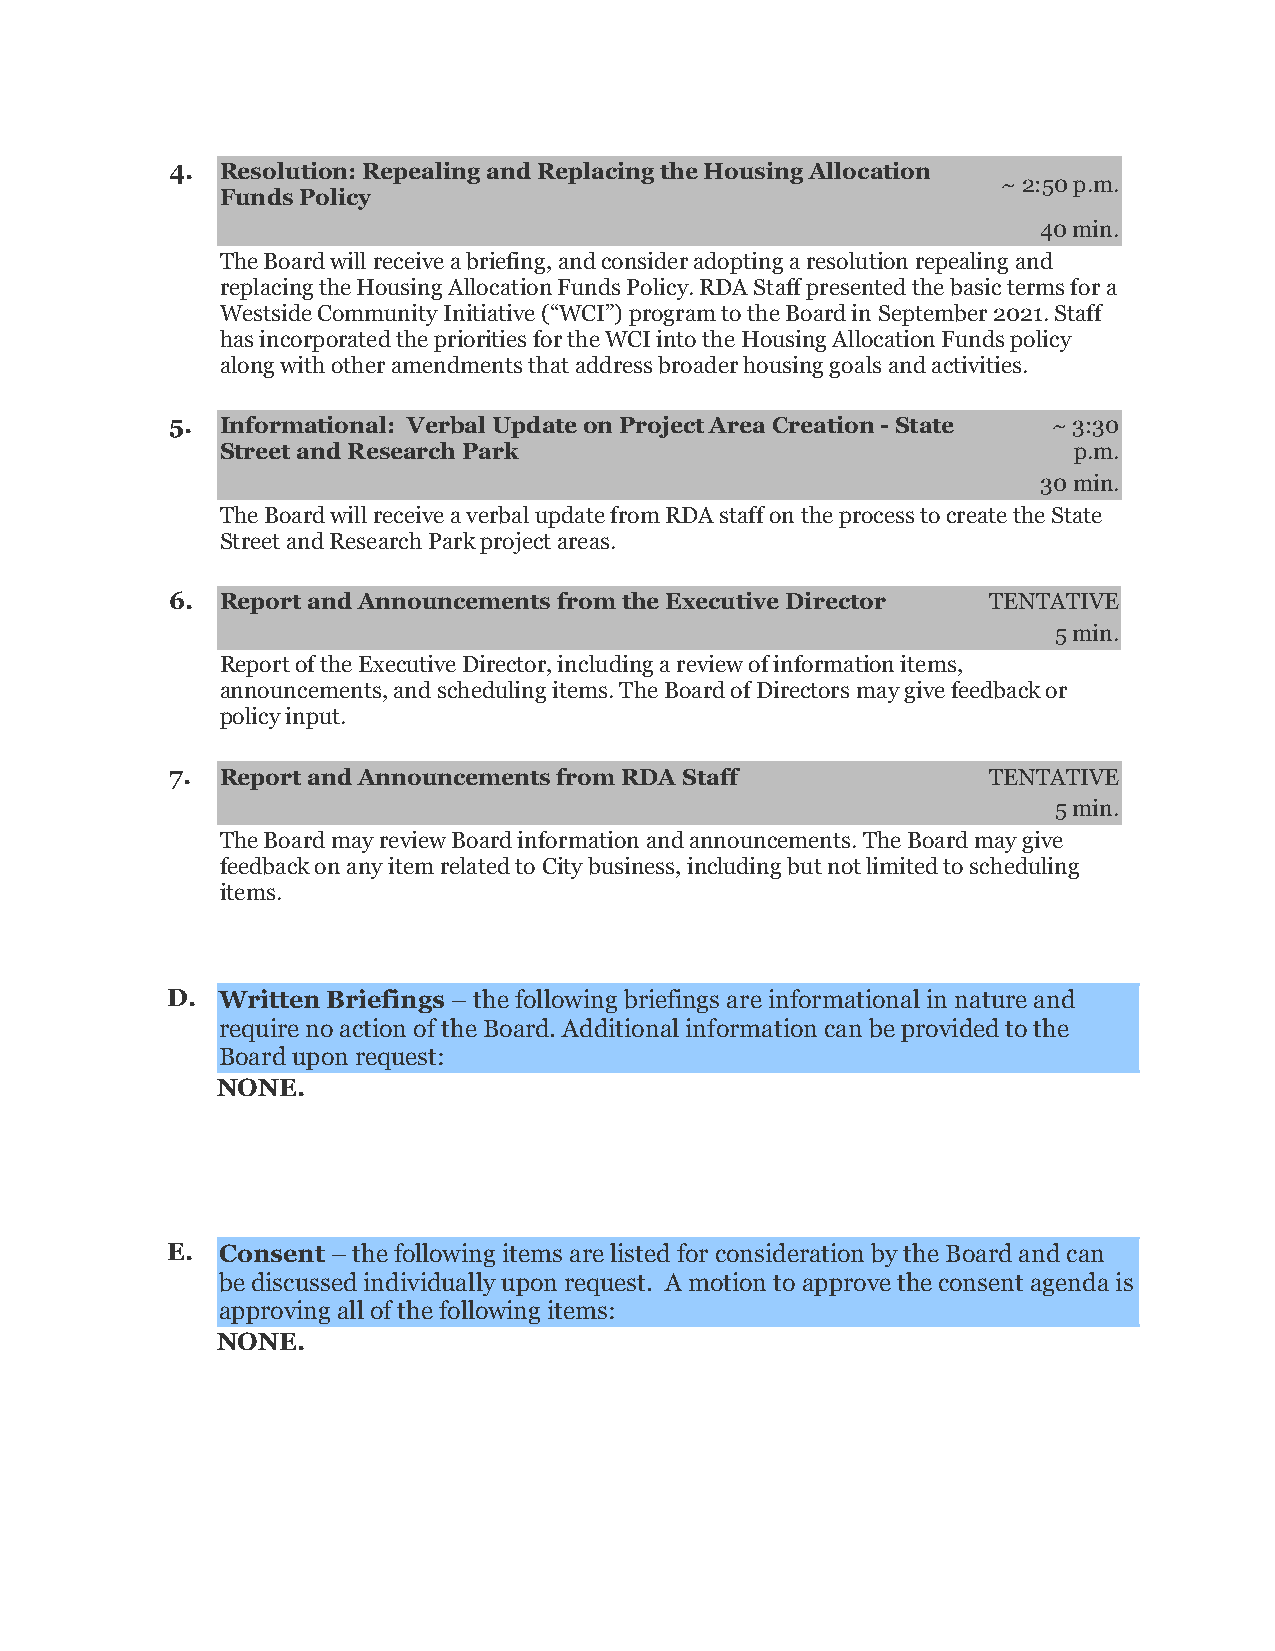
4.  Resolution: Repealing and Replacing the Housing Allocation
 ~ 2:50 p.m.
 Funds Policy
 40 min.
 The Board will receive a briefing, and consider adopting a resolution repealing and
 replacing the Housing Allocation Funds Policy. RDA Staff presented the basic terms for a
 Westside Community Initiative (“WCI”) program to the Board in September 2021. Staff
 has incorporated the priorities for the WCI into the Housing Allocation Funds policy
 along with other amendments that address broader housing goals and activities.
 5.  Informational: Verbal Update on Project Area Creation - State ~ 3:30
 Street and Research Park                                p.m.
 30 min.
 The Board will receive a verbal update from RDA staff on the process to create the State
 Street and Research Park project areas.
 6.  Report and Announcements from the Executive Director TENTATIVE
 5 min.
 Report of the Executive Director, including a review of information items,
 announcements, and scheduling items. The Board of Directors may give feedback or
 policy input.
 7.  Report and Announcements from RDA Staff            TENTATIVE
 5 min.
 The Board may review Board information and announcements. The Board may give
 feedback on any item related to City business, including but not limited to scheduling
 items.
 D. Written Briefings – the following briefings are informational in nature and
 require no action of the Board. Additional information can be provided to the
 Board upon request:
 NONE.
 E. Consent – the following items are listed for consideration by the Board and can
 be discussed individually upon request. A motion to approve the consent agenda is
 approving all of the following items:
 NONE.